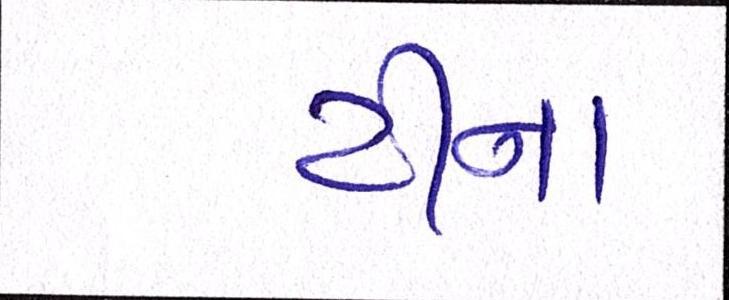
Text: ટીના